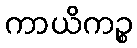
ကာယိကဉ္စ